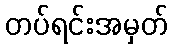
တပ်ရင်းအမှတ်